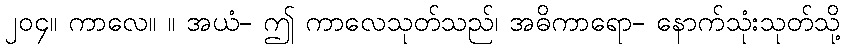
၂၀၄။ ကာလေ။ ။ အယံ- ဤ ကာလေသုတ်သည်၊ အဓိကာရော- နောက်သုံးသုတ်သို့